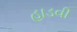
હાડવી